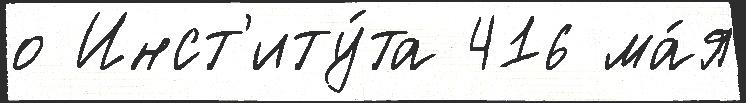
о Инст'иту́та 416 ма́я